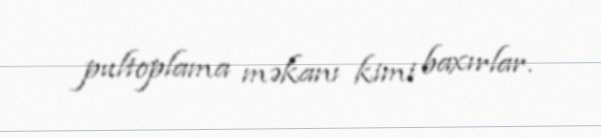
pultoplama məkanı kimi baxırlar.